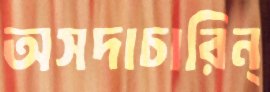
অসদাচারিন্